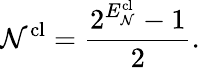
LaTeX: \mathcal{N}^{\textrm{cl}}=\frac{2^{E_{\mathcal{N}}^{\textrm{cl}}}-1}{2}.